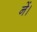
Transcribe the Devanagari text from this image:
नें।